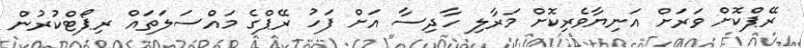
ރޭޕްކޮށް ވަރަށް އަނިޔާވެރިކޮށް މަރާލި ހާދިސާ އަށް ފަހު ރޭޕްގެ މައްސަލަތައް ރިޕޯޓްކުރުން